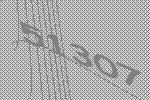
51307